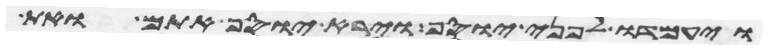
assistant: ויעמדו לפני יוסף וירא יוסף אתם ואת